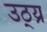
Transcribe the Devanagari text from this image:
उठ्य्र